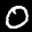
Label: 0